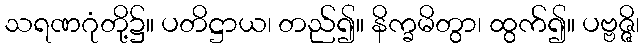
သရဏဂုံတို့၌။ ပတိဋ္ဌာယ၊ တည်၍။ နိက္ခမိတွာ၊ ထွက်၍။ ပဗ္ဗဇ္ဇိ၊